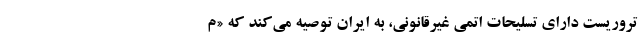
تروریست دارای تسلیحات اتمی غیرقانونی، به ایران توصیه می‌کند که «م